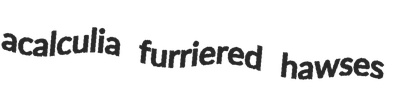
acalculia furriered hawses